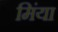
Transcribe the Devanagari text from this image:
मिंया